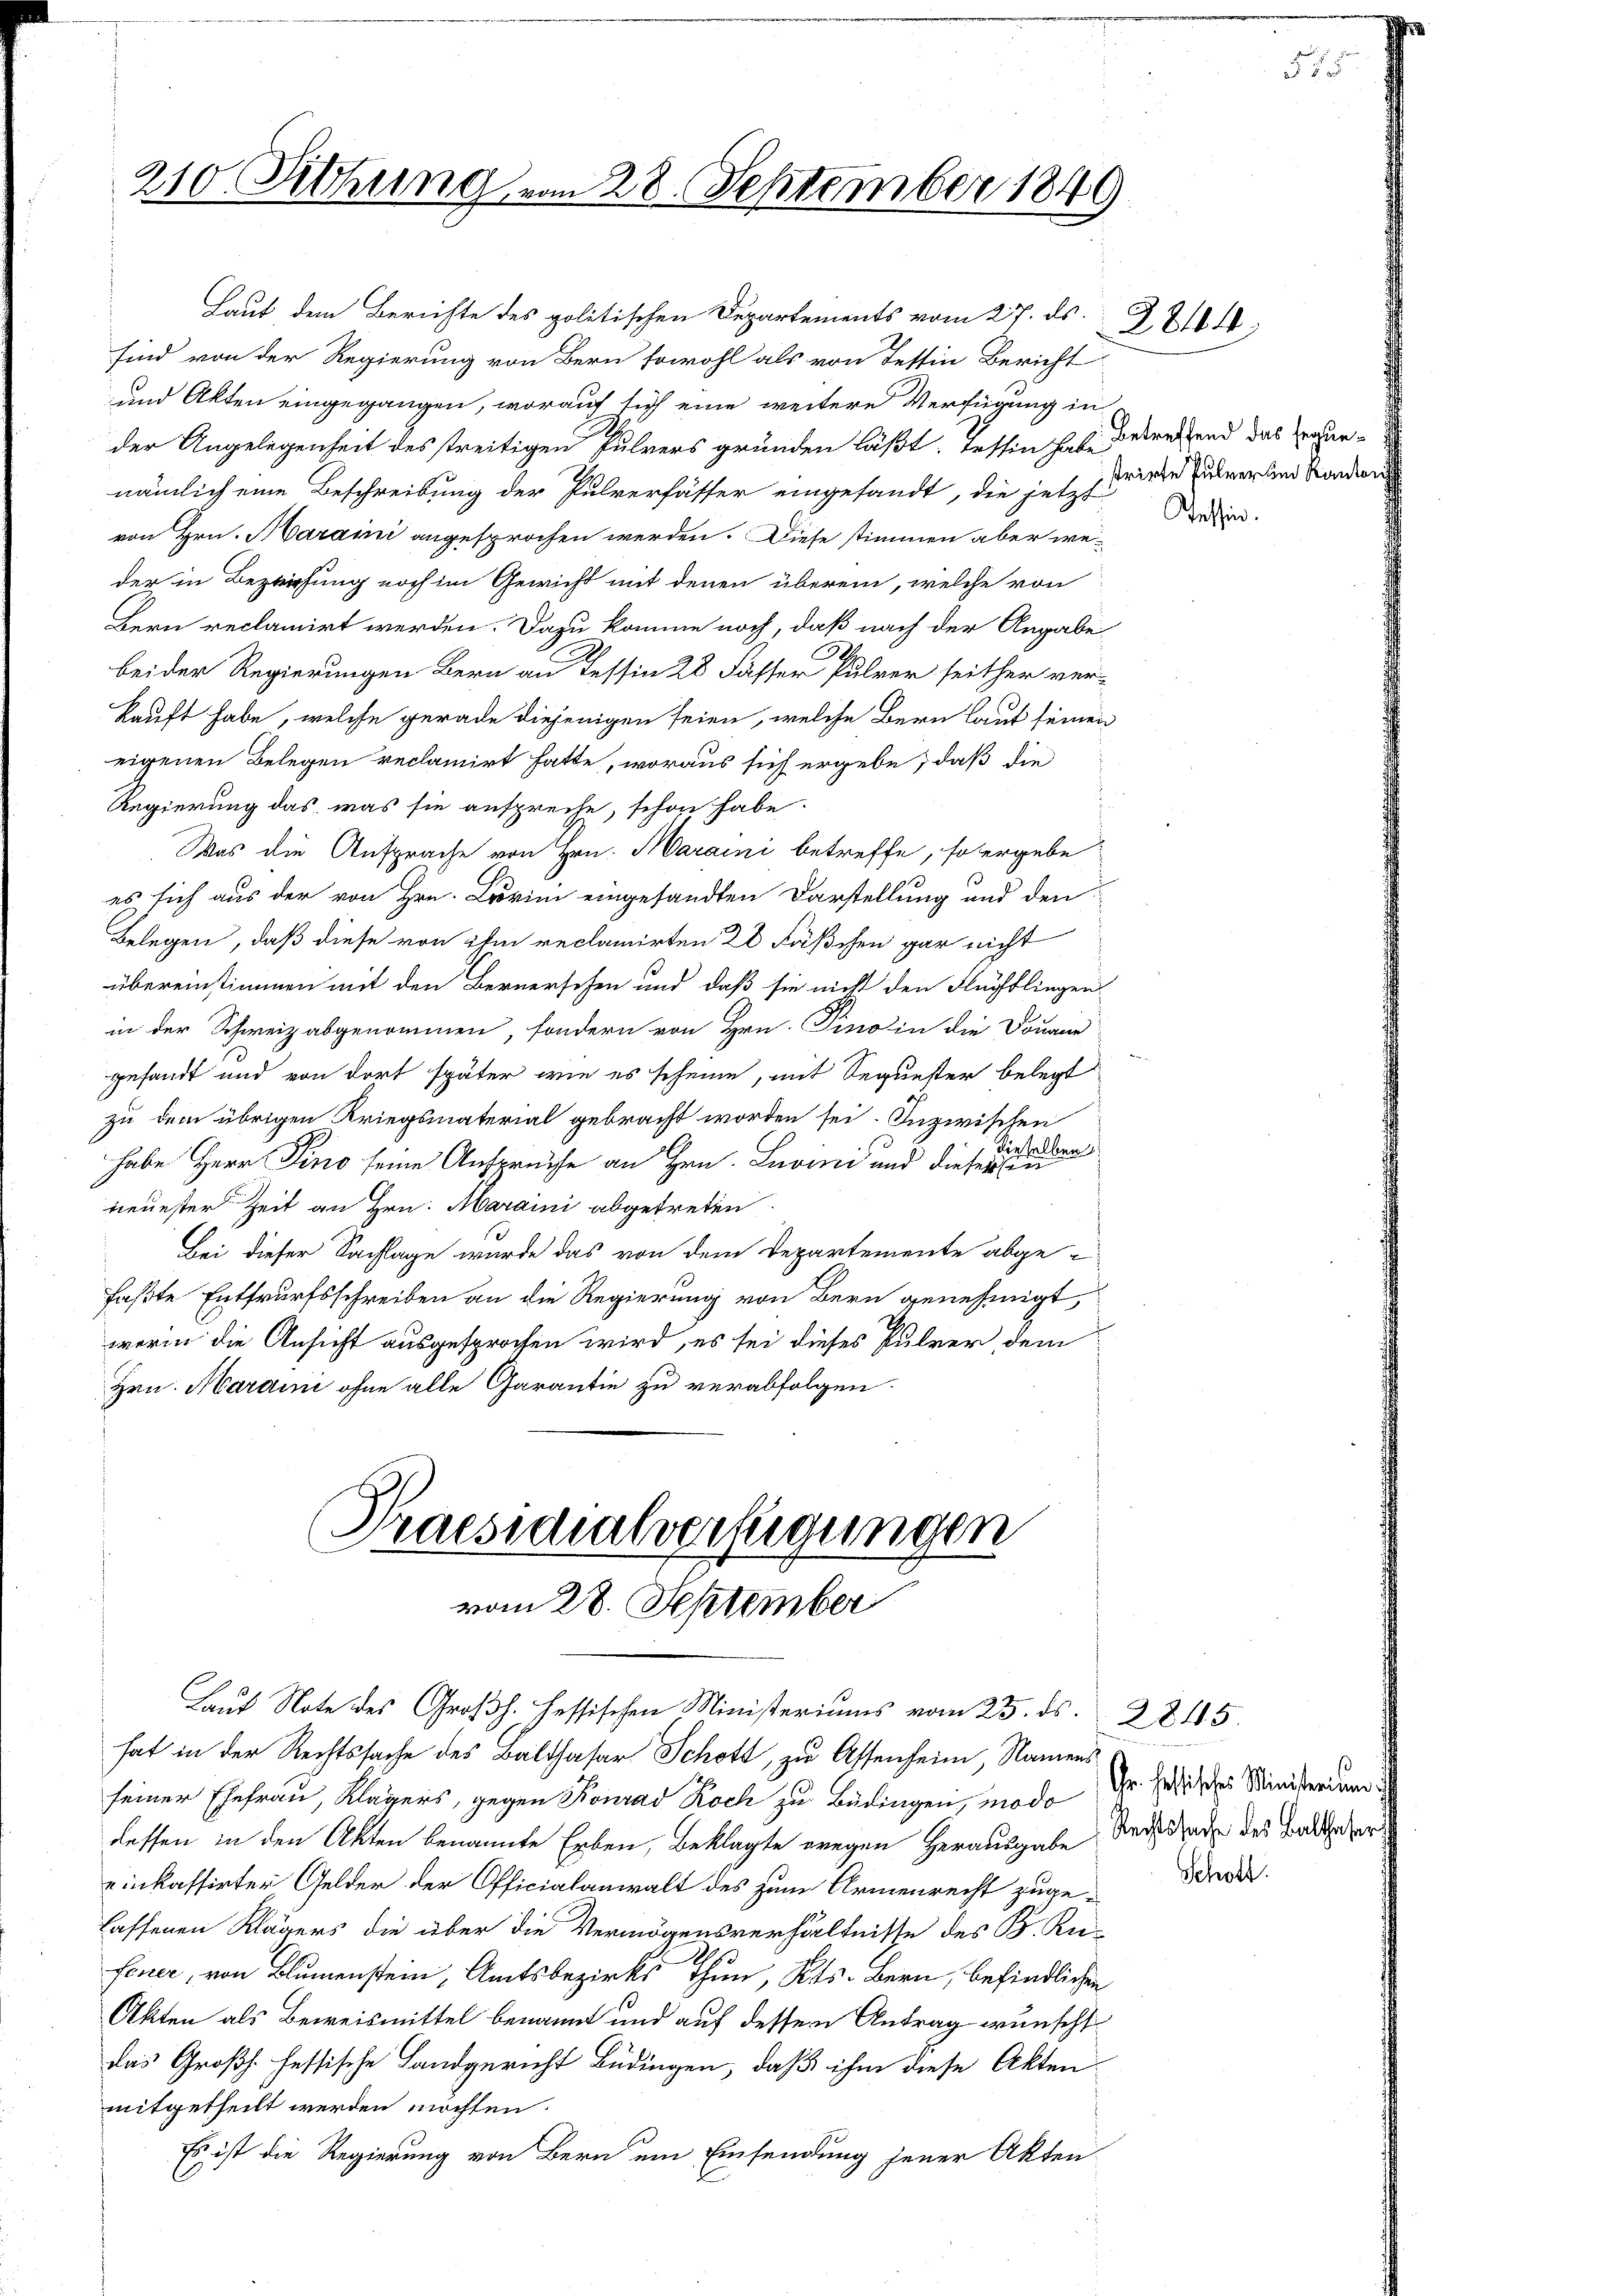
210. Rittung vom 28. September 1849

Laut dem Berichte des politischen Departements vom 27. ds.
sind von der Regierung von Bern sowohl als von Tessin Bericht
und Akten eingegangen, worauf sich eine weitere Verfügung in
der Angelegenheit des streitigen Pulvers gründen läßt. Tessin habe betreffend das gegennämlich eine Beschreibung der Pulverfasser eingesandt, die jetzt wurde zuverten Sonder
von Hrn. Karaini angesprochen werden. Diese stimmen aber weder in Beziehung noch im Gewicht mit denen überein, welche von
Bern reclamirt werden. Dazu komme noch, daß nach der Angabe
beider Regierungen Bern an Tessin 28 Fässer Pulver seither verkauft habe, welche gerade diejenigen seien, welche Bern laut seinen
eigenen Belegen reclamirt hatte, woraus sich ergebe, daß die
Regierung das, was sie anspreche, schon habe.
Was die Ansprache von Hrn. Maraini betreffe, so ergebe
es sich aus der von Hrn. Brovini eingesandten Darstellung und den
Belegen, daß diese von ihm reclamirten 28 Fäßchen gar nicht
übereinstimmen mit den Bernerschen und daß sie nicht den Flüchtlingen
in der Schweiz abgenommen, sondern von Hrn. Pino in die Douane
gesandt und von dort später wie es scheine, mit Sequester belegt
zu dem übrigen Kriegsmaterial gebracht worden sei. Inzwischen
habe Herr Fino seine Ansprüche an Hrn. Luvini und diese Staden
neuester Zeit an Hrn. Maraini abgetreten
Bei dieser Sachlage wurde das von dem Departemente abgefaßte Entwurfsschreiben an die Regierung von Bern genehmigt,
werin die Ansicht ausgesprochen wird, es sei dieses Pulver dem
Hrn. Maraini ohne alle Garantie zu verabfolgen.

Praesidialverfügungen
vom 28. September

Laut Note des Großh. Hessischen Ministeriums vom 25. ds. 285.
hat in der Rechtssache des Balthasar Schott, zu Assenheim, Namens
seiner Ehefrau, Klägers, gegen Konrad Koch zu Büdingen, modo Dr. Hotz des Ministerdung
lessen in den Akten benannte Erben, Beklagte wegen Herausgabe, daß da des Badender
einkassirter Gelder der Officialanwalt des zum Armenrecht zugelassenen Klägers die über die Vermögensverhältnisse des B. Ru-
fener, von Blumenstein, Amtsbezirks Thun, Kts. Bern, befindlichen
Akten als Beweismittel benannt und auf dessen Antrag wünscht
das Großh. fessische Landgericht Büdingen, daß ihm diese Akten-
mitgetheilt werden möchten.
Es ist die Regierung von Bern um Einsendung jener Akten

2814.

Tessin.

Schott.